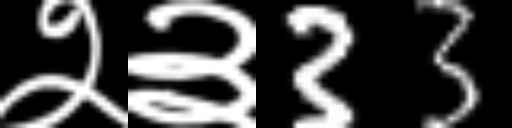
Text: २३33